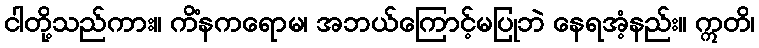
ငါတို့သည်ကား။ ကိံနကရောမ၊ အဘယ်ကြောင့်မပြုဘဲ နေရအံ့နည်း။ ဣတိ၊